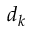
d _ { k }